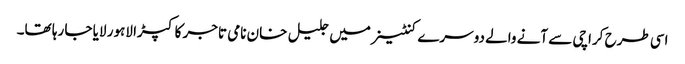
اسی طرح کراچی سے آنے والے دوسرے کنٹینر میں جلیل خان نامی تاجر کا کپڑا لاہور لایا جا رہا تھا۔